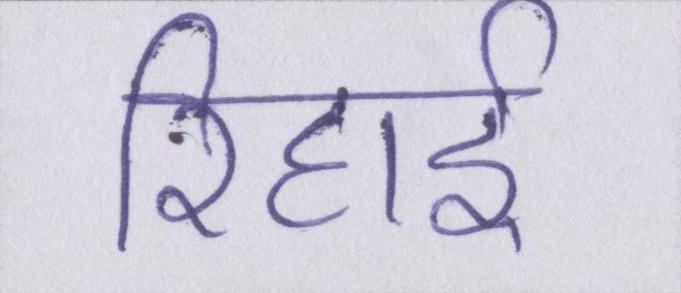
रिहाई